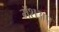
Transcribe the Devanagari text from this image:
मॅशअप